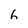
Character: 6